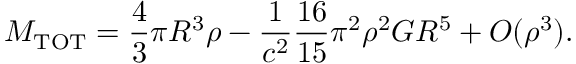
M _ { \mathrm { T O T } } = \frac { 4 } { 3 } \pi R ^ { 3 } \rho - \frac { 1 } { c ^ { 2 } } \frac { 1 6 } { 1 5 } \pi ^ { 2 } \rho ^ { 2 } G R ^ { 5 } + O ( \rho ^ { 3 } ) .